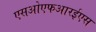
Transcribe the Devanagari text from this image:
एसओएफआरईएस